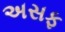
અસફ